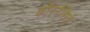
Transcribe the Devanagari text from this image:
कॉरनेसिई